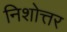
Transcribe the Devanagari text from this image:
निशोत्तर